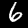
Digit: 6